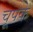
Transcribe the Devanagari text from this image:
चूपके